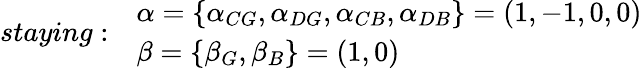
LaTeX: \begin{array}{ll}{staying:}&{\begin{array}{l}{\alpha=\{ \alpha_{CG},\alpha_{DG},\alpha_{CB},\alpha_{DB}\} =(1,-1,0,0)}\\ {\beta=\{ \beta_{G},\beta_{B}\} =(1,0)}\end{array}}\end{array}